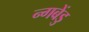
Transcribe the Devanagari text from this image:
न्गबेंडु